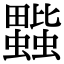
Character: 𧔆